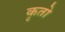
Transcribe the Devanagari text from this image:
कृतो